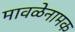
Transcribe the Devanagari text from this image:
मावळेनामक